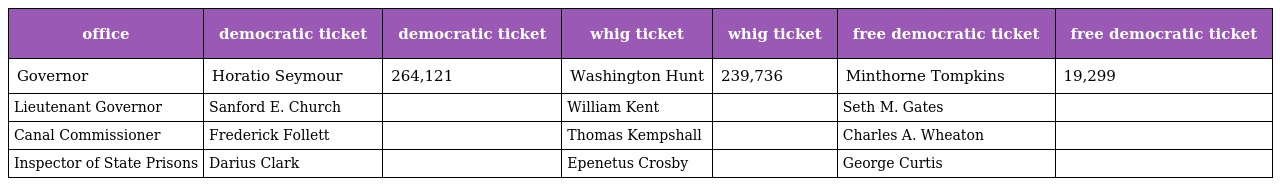
| office | democratic ticket | democratic ticket | whig ticket | whig ticket | free democratic ticket | free democratic ticket |
 | --- | --- | --- | --- | --- | --- | --- |
 | Governor | Horatio Seymour | 264,121 | Washington Hunt | 239,736 | Minthorne Tompkins | 19,299 |
 | Lieutenant Governor | Sanford E. Church |  | William Kent |  | Seth M. Gates |  |
 | Canal Commissioner | Frederick Follett |  | Thomas Kempshall |  | Charles A. Wheaton |  |
 | Inspector of State Prisons | Darius Clark |  | Epenetus Crosby |  | George Curtis |  |